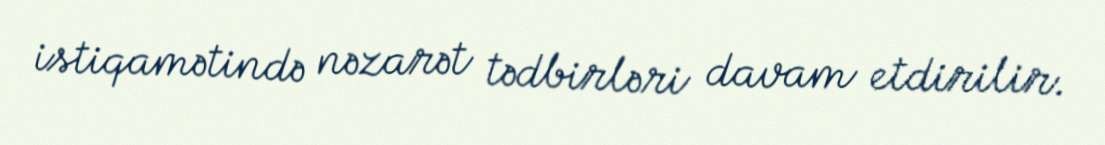
istiqamətində nəzarət tədbirləri davam etdirilir.